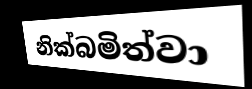
නික්බමිත්වා